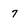
Character: 7